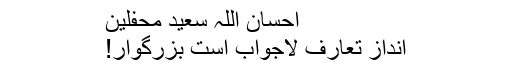
احسان اللہ سعید محفلین
انداز تعارف لاجواب است بزرگوار!